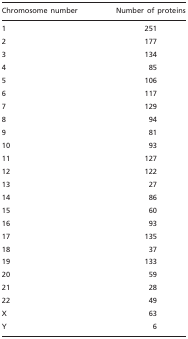
<table><thead><tr><td><b>Chromosome number</b></td><td><b>Number of proteins</b></td></tr></thead><tbody><tr><td>1</td><td>251</td></tr><tr><td>2</td><td>177</td></tr><tr><td>3</td><td>134</td></tr><tr><td>4</td><td>85</td></tr><tr><td>5</td><td>106</td></tr><tr><td>6</td><td>117</td></tr><tr><td>7</td><td>129</td></tr><tr><td>8</td><td>94</td></tr><tr><td>9</td><td>81</td></tr><tr><td>10</td><td>93</td></tr><tr><td>11</td><td>127</td></tr><tr><td>12</td><td>122</td></tr><tr><td>13</td><td>27</td></tr><tr><td>14</td><td>86</td></tr><tr><td>15</td><td>60</td></tr><tr><td>16</td><td>93</td></tr><tr><td>17</td><td>135</td></tr><tr><td>18</td><td>37</td></tr><tr><td>19</td><td>133</td></tr><tr><td>20</td><td>59</td></tr><tr><td>21</td><td>28</td></tr><tr><td>22</td><td>49</td></tr><tr><td>X</td><td>63</td></tr><tr><td>Y</td><td>6</td></tr></tbody></table>